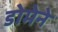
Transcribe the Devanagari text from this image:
डोमेने